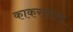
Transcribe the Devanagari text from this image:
काकरापारा